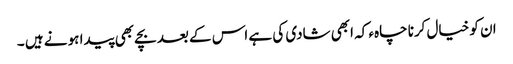
ان کو خیال کرنا چاہء کہ ابھی شادی کی ہے اس کے بعد بچے بھی پیدا ہو نے ہیں ۔